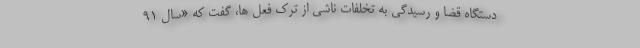
دستگاه قضا و رسیدگی به تخلفات ناشی از ترک فعل ها، گفت که «سال ۹۱